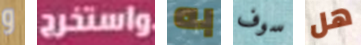
و واستخرج به سوف هل